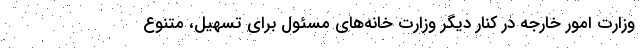
وزارت امور خارجه در کنار دیگر وزارت خانه‌های مسئول برای تسهیل، متنوع